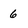
Character: 6